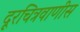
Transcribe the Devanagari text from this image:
दूरचित्रवाणीस